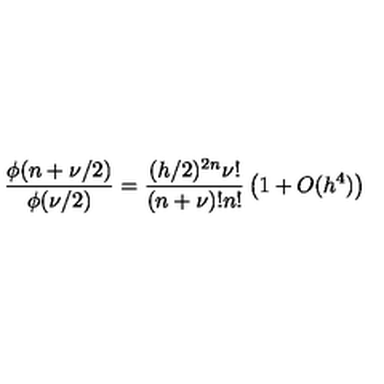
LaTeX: \frac { \phi ( n + \nu / 2 ) } { \phi ( \nu / 2 ) } = \frac { ( h / 2 ) ^ { 2 n } \nu ! } { ( n + \nu ) ! n ! } \left( 1 + O ( h ^ { 4 } ) \right)